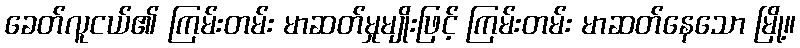
ခေတ်လူငယ်၏ ကြမ်းတမ်း မာဆတ်မှုမျိုးဖြင့် ကြမ်းတမ်း မာဆတ်နေသော မြို့။